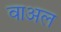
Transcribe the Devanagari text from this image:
वाअल